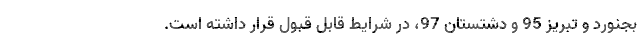
بجنورد و تبریز 95 و دشتستان 97، در شرایط قابل قبول قرار داشته است.